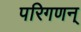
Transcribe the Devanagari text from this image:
परिगणन्